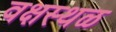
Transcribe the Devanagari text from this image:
वक्षस्थळ